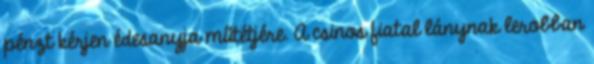
pénzt kérjen édesanyja műtétjére. A csinos fiatal lánynak lerobban